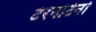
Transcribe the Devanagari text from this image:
टेरेनटिनो